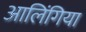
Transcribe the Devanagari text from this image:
आलिंगिया